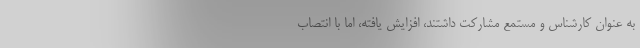
به عنوان کارشناس و مستمع مشارکت داشتند، افزایش یافته، اما با انتصاب